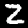
Digit: 2